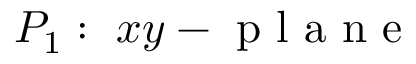
P _ { 1 } : \ x y - \mathrm { ~ p ~ l ~ a ~ n ~ e ~ }